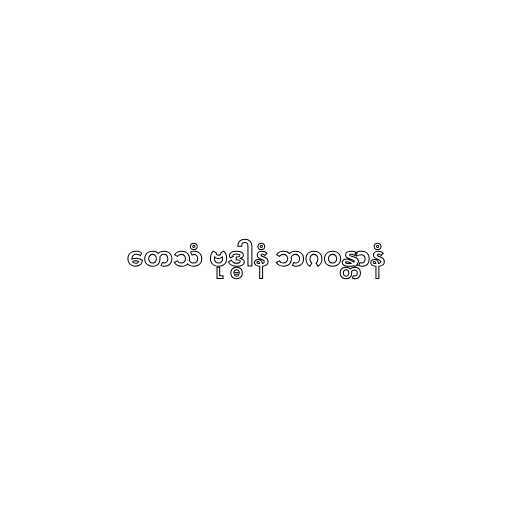
တေသံ ဗုဒ္ဓါနံ ဘဂဝန္တာနံ